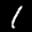
Label: 1